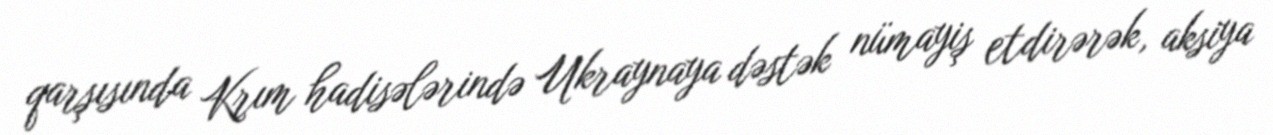
qarşısında Krım hadisələrində Ukraynaya dəstək nümayiş etdirərək, aksiya